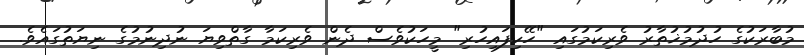
މުބާރަކުގެ ހުދުމުޚުތާރު ވެރިކަމުގައި "ހޭކިފައިހުރި" މީހަކުވެސް ދެން ވެރިކަމާ ގާތްވިޔަ ނުދިނުމުގެ ނިޔަތުގައެވެ.